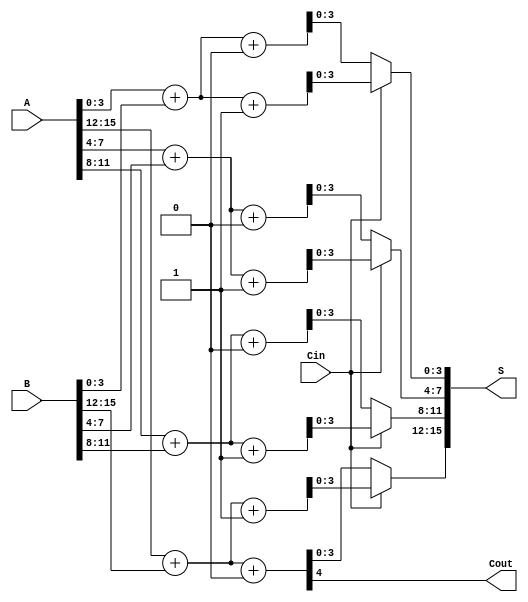
module RCCSA #(parameter N = 16, // Total bits
                parameter M = 4)  // Segment size
(
    input  wire [N-1:0] A,       // Input A
    input  wire [N-1:0] B,       // Input B
    input  wire Cin,              // Carry-in
    output wire [N-1:0] S,        // Sum output
    output wire Cout              // Carry-out
);

    // Calculate the number of segments
    localparam SEGMENTS = N / M;

    // Internal wires for carry propagation
    wire [SEGMENTS:0] carry; // carry[0] is Cin
    wire [M-1:0] sum0 [SEGMENTS-1:0]; // S when carry-in = 0
    wire [M-1:0] sum1 [SEGMENTS-1:0]; // S when carry-in = 1
    wire carry_out [SEGMENTS-1:0];      // Carry-out for each segment

    // Generate the sub-adders and carry logic
    genvar i;
    generate
        for (i = 0; i < SEGMENTS; i = i + 1) begin : adder_segment
            wire [M-1:0] A_segment = A[M*i +: M];
            wire [M-1:0] B_segment = B[M*i +: M];
            wire carry_in = carry[i]; // Carry-in for the current segment

            // Full adders to compute sum when carry-in is 0 and 1
            assign {carry_out[i], sum0[i]} = A_segment + B_segment + 1'b0; // when Cin = 0
            assign {carry_out[i], sum1[i]} = A_segment + B_segment + 1'b1; // when Cin = 1

            // Carry generation
            assign carry[i+1] = carry_out[i];
        end
    endgenerate

    // MUX logic to select the correct sum based on carry-in
    genvar j;
    generate
        for (j = 0; j < SEGMENTS; j = j + 1) begin : mux_select
            assign S[M*j +: M] = Cin ? sum1[j] : sum0[j];
        end
    endgenerate

    // Final carry-out
    assign Cout = carry[SEGMENTS];

endmodule